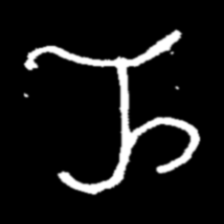
Pyu character \u2014 Myanmar letter: ည (romanized: nya)